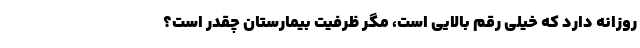
روزانه دارد که خیلی رقم بالایی است، مگر ظرفیت بیمارستان چقدر است؟